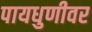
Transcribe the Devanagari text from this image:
पायधुणीवर